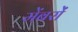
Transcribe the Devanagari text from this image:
मेंबरों